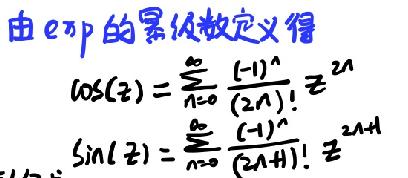
由 \( e^z \) 的幂级数定义得
\[
\cos(z)=\sum_{n = 0}^{\infty}\frac{(-1)^n}{(2n)!}z^{2n}
\]
\[
\sin(z)=\sum_{n = 0}^{\infty}\frac{(-1)^n}{(2n + 1)!}z^{2n+1}
\]